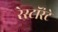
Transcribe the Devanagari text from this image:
रेस्टॉरंटे